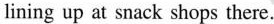
lining up at snack shops there.